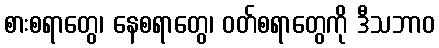
စားစရာတွေ၊ နေစရာတွေ၊ ဝတ်စရာတွေကို ဒီသဘာဝ